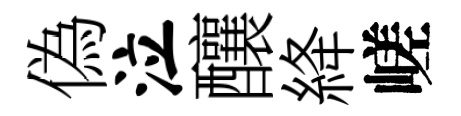
偽泣釀絳嵯